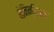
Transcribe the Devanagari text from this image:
मेनिन्जिज़्म